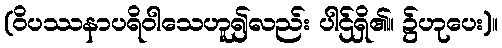
(ဝိပဿနာပရိဝါသေဟူ၍လည်း ပါဌ်ရှိ၏။ ၌ဟုပေး)။